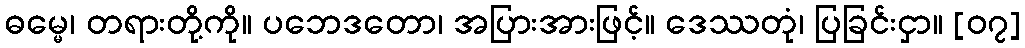
ဓမ္မေ၊ တရားတို့ကို။ ပဘေဒတော၊ အပြားအားဖြင့်။ ဒေဿတုံ၊ ပြခြင်းငှာ။ [၀၇]